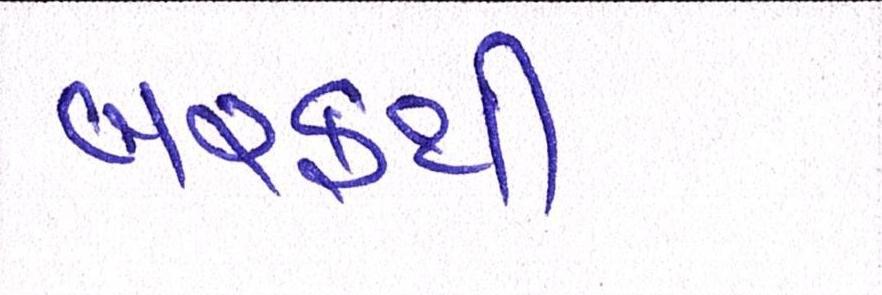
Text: બરફથી